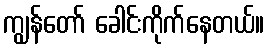
ကျွန်တော် ခေါင်းကိုက်နေတယ်။